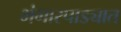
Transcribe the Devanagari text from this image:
भंगारपाड्यात